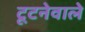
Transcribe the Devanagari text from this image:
टूटनेवाले